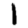
Digit: 1